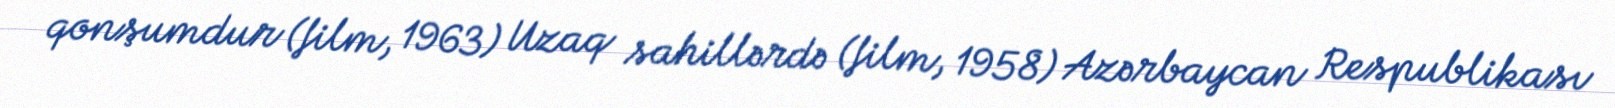
qonşumdur (film, 1963) Uzaq sahillərdə (film, 1958) Azərbaycan Respublikası